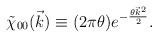
LaTeX: \begin{align*}\tilde \chi_{00}(\vec k) \equiv (2 \pi \theta) e^{-\frac{\theta {\vec k}^2}{2}}.\end{align*}